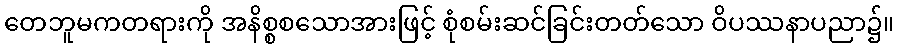
တေဘူမကတရားကို အနိစ္စစသောအားဖြင့် စုံစမ်းဆင်ခြင်းတတ်သော ဝိပဿနာပညာ၌။